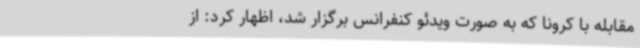
مقابله با کرونا که به ‌صورت ویدئو کنفرانس برگزار شد، اظهار کرد: از